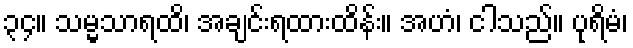
၃၄။ သမ္မသာရထိ၊ အချင်းရထားထိန်း။ အဟံ၊ ငါသည်။ ပုရိမံ၊